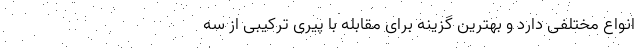
انواع مختلفی دارد و بهترین گزینه برای مقابله با پیری ترکیبی از سه